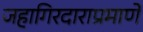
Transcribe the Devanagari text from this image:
जहागिरदाराप्रमाणे